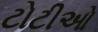
ટોટીઓ